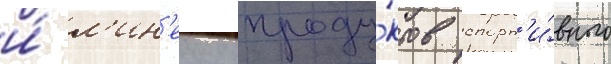
и́ л'ин'еику проду́ктов спорт'и́вного